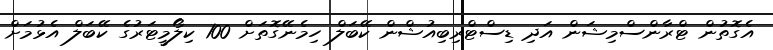
އެގޮތުން ޓްރާންސްމިޝަން އަދި ޑިސްޓްރިބިއުޝްން ކޭބަލް ހިމެނޭގޮތަށް 100 ކިލޯމީޓަރުގެ ކޭބަލް އެޅުމަށް